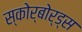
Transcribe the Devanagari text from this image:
स्कोर्बोर्ड्स